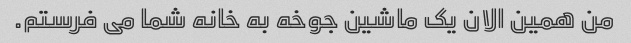
من همین الان یک ماشین جوخه به خانه شما می فرستم.